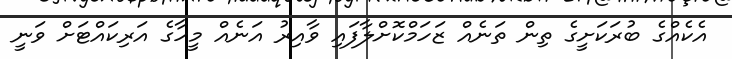
އެކެއްގެ ބުރަކަށީގެ ތިން ތަނެއް ޒަހަމްކޮށްލާފައި ވާއިރު އަނެއް މީހާގެ އަރިކައްޓަށް ވަނީ